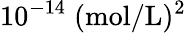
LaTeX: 10^{-14}\; (\mathrm{mol}/\mathrm{L})^{2}